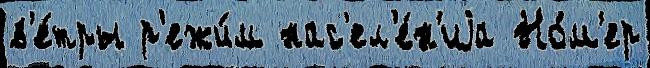
в'е́тры р'ежи́м нас'ел'е́н'иjа Но́м'ер